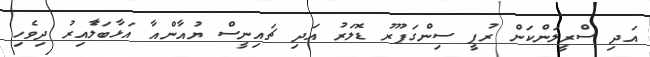
އަދި ސްރީލަންކަން ރުޕީ ސިންގަޕޫރު ޑޮލަރު އަދި ޗައިނީސް ޔުއާންއާ އަޅާބަލާެއިރު ދިވެހި